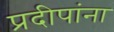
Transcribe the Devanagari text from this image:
प्रदीपांना